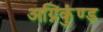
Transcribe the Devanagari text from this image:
अग्निकुंण्ड